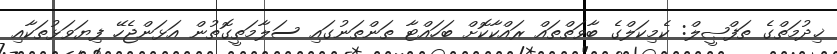
ޚިދުމަތްގެ ތަފްޞީލް: ކެމިކަލްގެ ބާވަތްތައް ރައްކާކޮށް ބަހައްޓާ ތަންތަނުގައި ސަލާމަތީގޮތުން އަޅަންޖެހޭ ފިޔަވަޅުތަކާއި